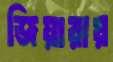
জিয়ারায়